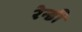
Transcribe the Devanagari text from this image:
रेन्डी